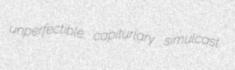
unperfectible capiturlary simulcast